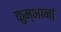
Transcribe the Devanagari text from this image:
कुम्भानां